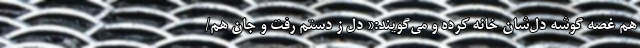
هم غصه گوشه دل‌شان خانه کرده و می‌گویند:« دل ز دستم رفت و جان هم/